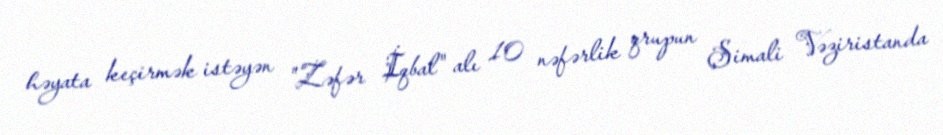
həyata keçirmək istəyən "Zəfər İqbal" alı 10 nəfərlik qrupun Şimali Vəziristanda